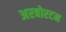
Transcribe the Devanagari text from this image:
अरबोरटम